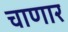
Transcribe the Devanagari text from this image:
चाणार